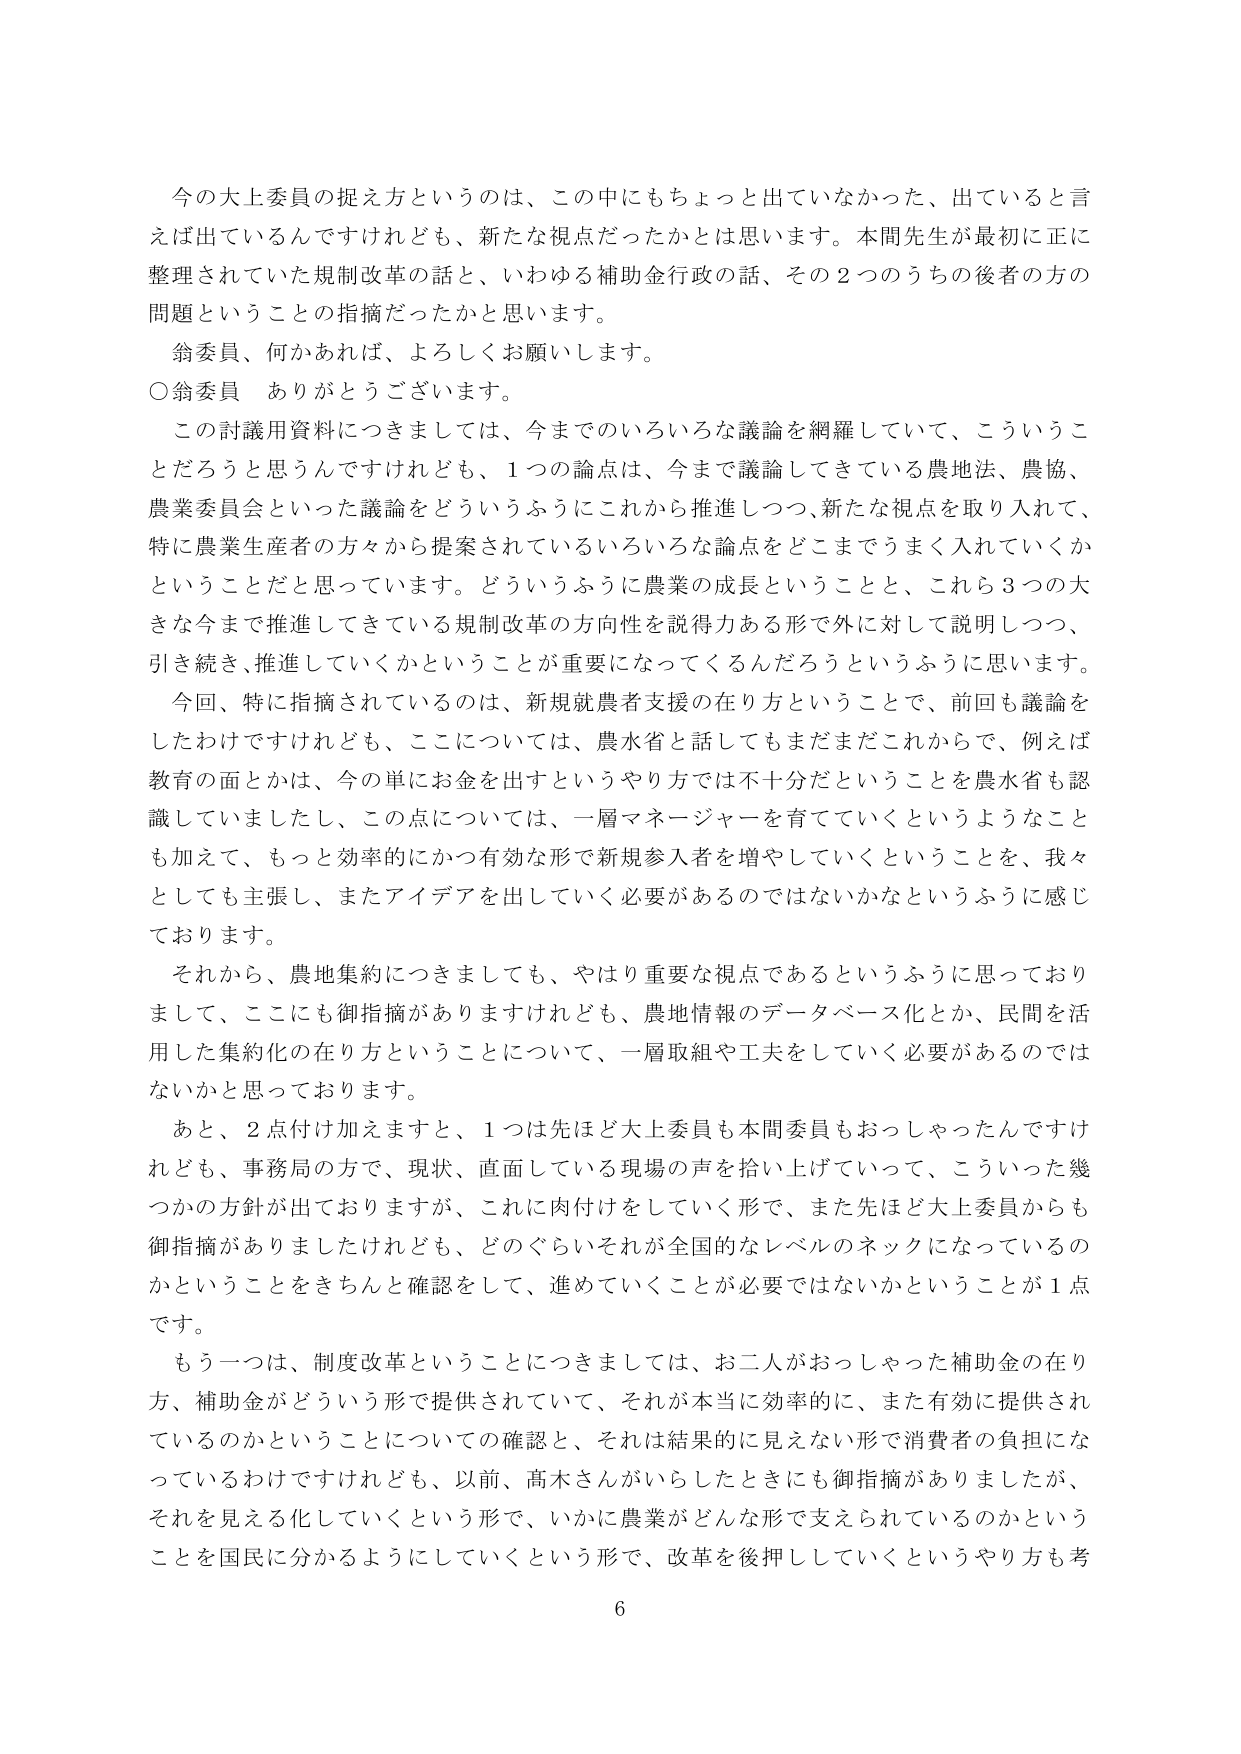
今の大上委員の捉え方というのは、この中にもちょっと出ていなかった、出ていると言えば出ているんですけれども、新たな視点だったかとは思います。本間先生が最初に正に整理されていた規制改革の話と、いわゆる補助金行政の話、その2つのうちの後者の方の問題ということの指摘だったかと思います。

翁委員、何かあれば、よろしくお願いします。

○翁委員　ありがとうございます。

この討議用資料につきましては、今までのいろいろな議論を網羅していて、こういうことだろうと思うんですけれども、1つの論点は、今まで議論してきている農地法、農協、農業委員会といった議論をどういうふうにこれから推進しつつ、新たな視点を取り入れて、特に農業生産者の方々から提案されているいろいろな論点をどこまでうまく入れていくかということだと思っています。どういうふうに農業の成長ということと、これら3つの大きな今まで推進してきている規制改革の方向性を説得力ある形で外に対して説明しつつ、引き続き、推進していくかということが重要になってくるんだろうというふうに思います。

今回、特に指摘されているのは、新規就農者支援の在り方ということで、前回も議論をしたわけですがけれども、ここについては、農水省と話してもまだまだこれからで、例えば教育の面とかは、今の単にお金を出すというやり方では不十分だということを農水省も認識していましたし、この点については、一層マネージャーを育てていくというようなことも加えて、もっと効率的かつ有効な形で新規参入者を増やしていくということを、我々としても主張し、またアイデアを出していく必要があるのではないかなというふうに感じております。

それから、農地集約につきましても、やはり重要な視点であるというふうに思っておりまして、ここにも御指摘がありますけれども、農地情報のデータベース化とか、民間を活用した集約化の在り方ということについて、一層取組や工夫をしていく必要があるのではないかと思っております。

あと、2点付け加えますと、1つは先ほど大上委員も本間委員もおっしゃったんですけれども、事務局の方で、現状、直面している現場の声を拾い上げていって、こういった幾つかの方針が出ておりますが、これに肉付けをしていく形で、また先ほど大上委員からも御指摘がありましたけれども、どのぐらいそれが全国的なレベルのネックになっているのかということをきちんと確認をして、進めていくことが必要ではないかということが1点です。

もう一つは、制度改革ということにつきましては、お二人がおっしゃった補助金の在り方、補助金がどういう形で提供されていて、それが本当に効率的に、また有効に提供されているのかということについての確認と、それは結果的に見えない形で消費者の負担になっているわけですがけれども、以前、髙木さんがいらしたときにも御指摘がありましたが、それを見える化していくという形で、いかに農業がどんな形で支えられているのかということを国民に分かるようにしていくという形で、改革を後押ししていくというやり方も考

6